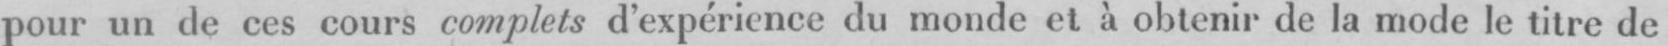
pour un de ces cours complets d’expérience du monde et à obtenir de la mode le litre de